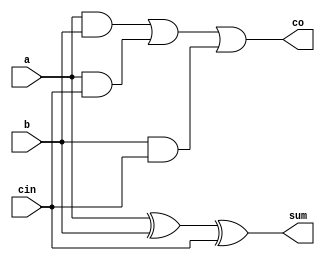
`timescale 1ns / 1ps

module add_1bit(
  input a,
  input b,
  input cin,
  output sum,
  output co);

  xor g1(sum, a, b, cin);
  and g2(k, a, b);
  and g3(l, a, cin);
  and g4(m, b, cin);
  or g5(co, k, l, m);

endmodule